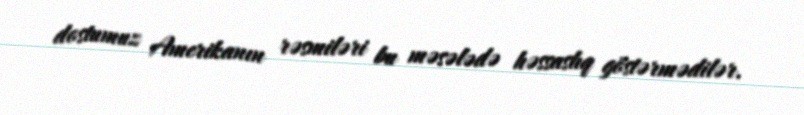
dostumuz Amerikanın rəsmiləri bu məsələdə həssaslıq göstərmədilər.